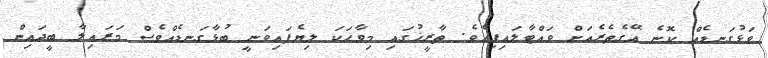
ވަޅުގަނޑެއް ކޮނެ އޭގެތެރެއަށް ވައްޓާލައިފިއެވެ. ތާރީޚުގައި މިވާހަކަ ލިޔެފައިވަނީ ބުޅާގަނޑެއްވެސް މަރައިލާ ބީދައިން